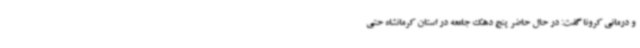
و درمانی کرونا گفت: در حال حاضر پنج دهک جامعه در استان کرمانشاه حتی